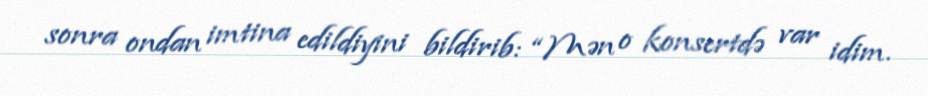
sonra ondan imtina edildiyini bildirib: “Mən o konsertdə var idim.